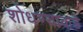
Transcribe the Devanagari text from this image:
शोधण्याकडे